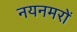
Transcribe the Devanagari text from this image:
नयनमरों